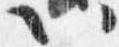
以